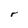
Character: r